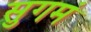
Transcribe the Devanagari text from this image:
सुगमं